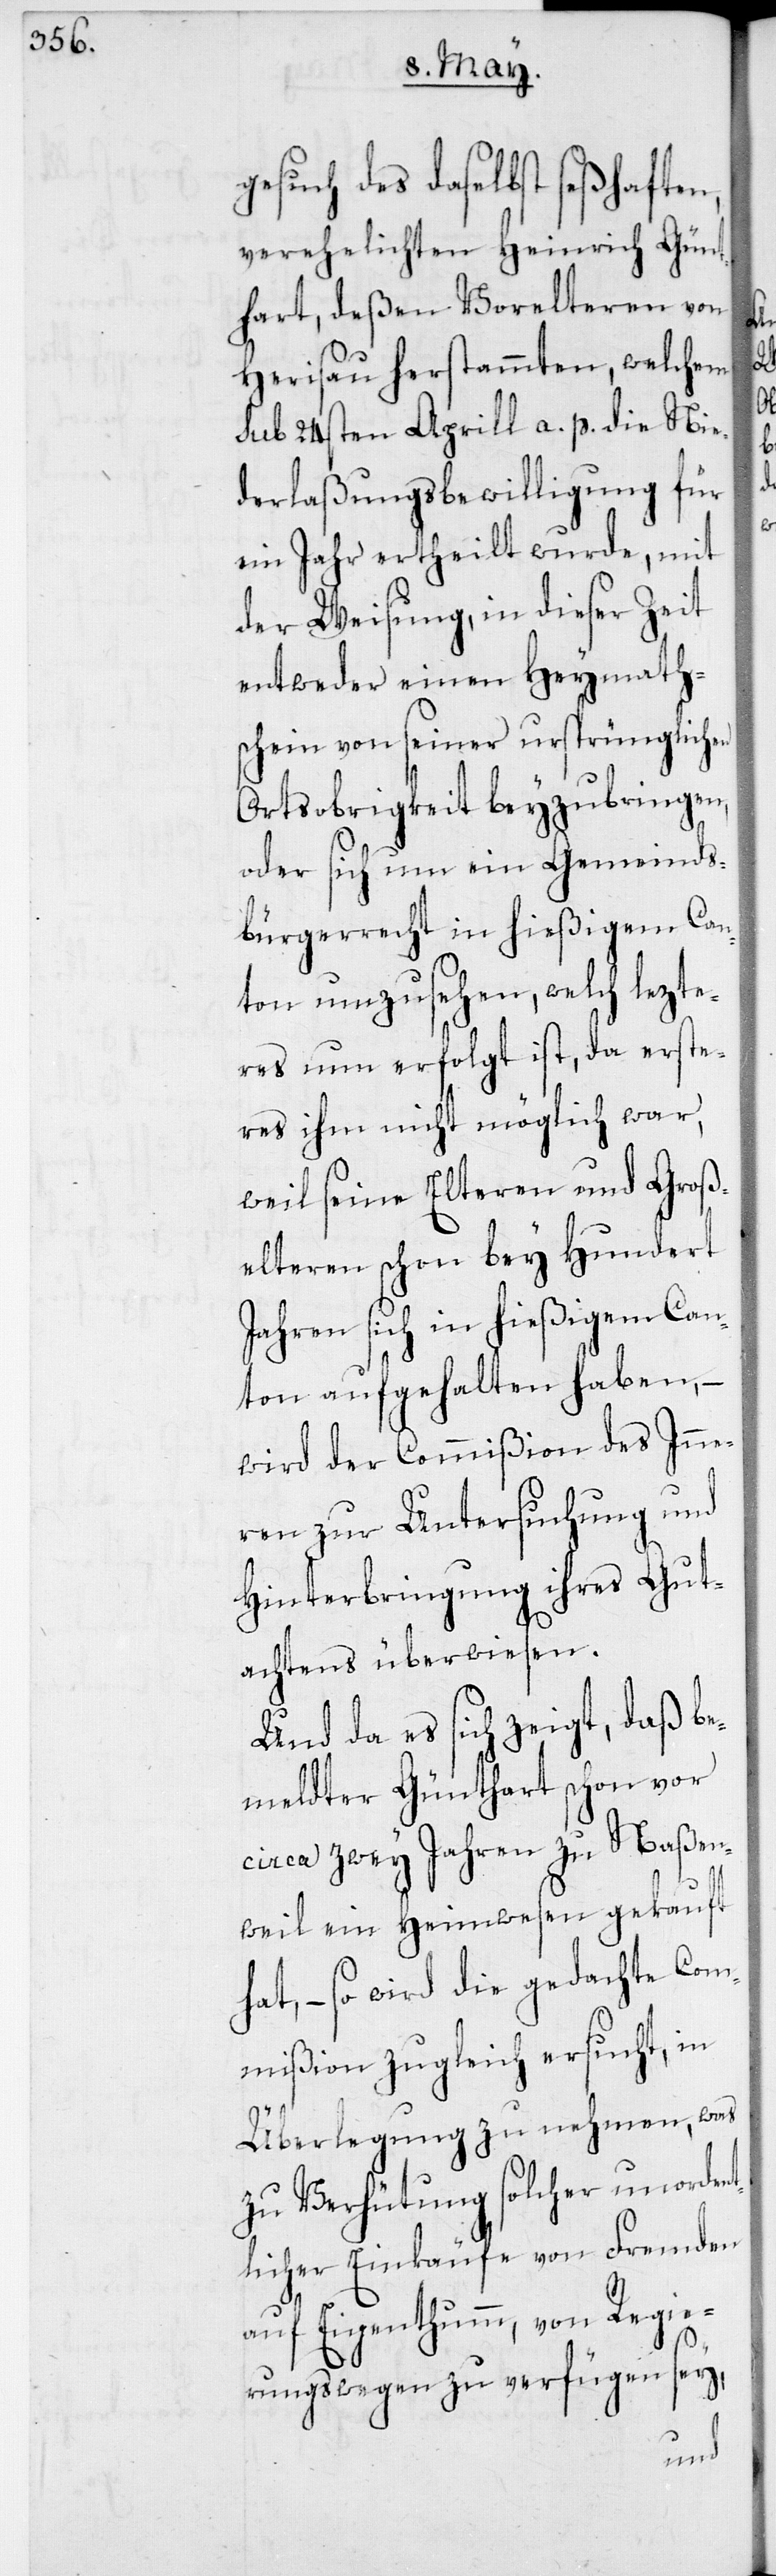
gesuch des daselbst seßhaften,
verehelichten Heinrich Günt¬
hart, deßen Vorelteren von
Herisau herstammten, welchem
sub 24sten Aprill a. p. die Nie¬
derlaßungsbewilligung für
ein Jahr ertheilt wurde, mit
der Weisung, in dieser Zeit
entweder einen Heymath¬
schein von seiner ursprünglichen
Ortsobrigkeit beyzubringen,
oder sich um ein Gemeinds¬
bürgerrecht in hießigem Can¬
ton umzusehen, welch lezte¬
res nun erfolgt ist, da erste¬
res ihm nicht möglich war,
weil seine Elteren und Groß¬
elteren schon bey Hundert
Jahren sich in hießigem Can¬
ton aufgehalten haben, –
wird der Commißion des Inne¬
ren zur Untersuchung und
Hinterbringung ihres Gut¬
achtens überwiesen.
Und da es sich zeigt, daß be¬
meldter Günthart schon vor
circa zwey Jahren zu Naßen¬
weil ein Heimwesen gekauft
hat, – so wird die gedachte Com¬
mißion zugleich ersucht, in
Überlegung zu nehmen, was
zu Verhütung solcher unordent¬
licher Einkäufe von Fremden
auf Eigenthumm, von Regie¬
rungs wegen zu verfügen sey,